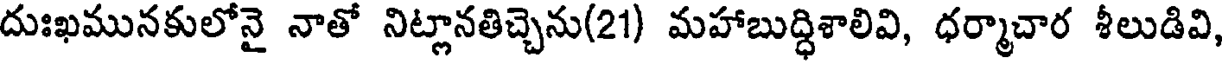
దుఃఖమునకులోనై నాతో నిట్లానతిచ్చెను(21) మహాబుద్ధిశాలివి, ధర్మాచార శీలుడివి,